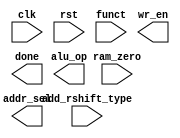
//-----------------------------------------------------------------------------
// Lab5Control
// CS 150 Fall 2014
// Description:
//      Implement your control logic in this module.
//-----------------------------------------------------------------------------
module Lab5Control(
        input        clk, rst,
        input        ram_zero,
        input [2:0]  funct,
        input        add_rshift_type,
        output [3:0] alu_op,
        output       addr_sel,
        output       wr_en,
        output       done
);


endmodule